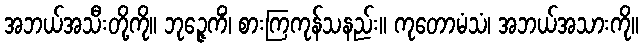
အဘယ်အသီးတို့ကို။ ဘုဉ္ဇေကိံ၊ စားကြကုန်သနည်း။ ကုတောမံသံ၊ အဘယ်အသားကို။